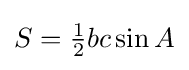
S={\tfrac {1}{2}}bc\sin {A}